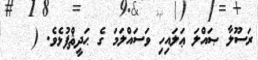
ރަސޫލާ ޞައްލަ ޢަލައިހި ވަސައްލަމަ ގެ ޙަދީޘްފުޅެވެ. (